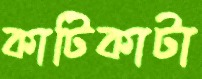
কাটিকাটা